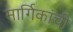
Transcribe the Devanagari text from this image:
मार्गिकांची